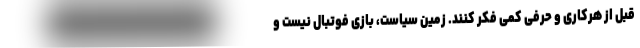
قبل از هرکاری و حرفی کمی فکر کنند. زمین سیاست، بازی فوتبال نیست و